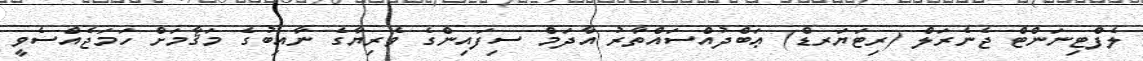
ލެފްޓިނަންޓް ޖެނެރަލް (ރިޓަަޔަރޑް) ޢަބްދުއްސައްތާރު އާދަމް ސިފައިންގެ ވެރިޔާގެ ނާއިބުގެ މަޤާމަށް ހަމަޖެއްސެވީ